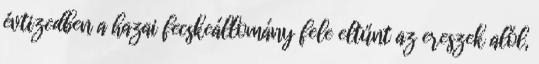
évtizedben a hazai fecskeállomány fele eltűnt az ereszek alól,